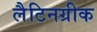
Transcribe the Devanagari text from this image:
लैटिनग्रीक